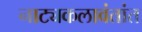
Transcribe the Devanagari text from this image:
नाट्यकलावंतांत